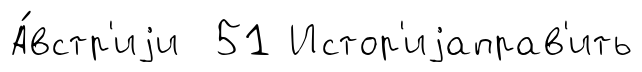
А́встр'иjи 51 Истор'иjаправ'ить